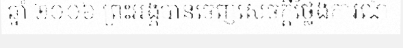
ឆ្នាំ ២០០៦ ព្រះអង្គបានចេញសេចក្តីថ្លែងការណ៍